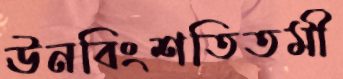
ঊনবিংশতিতমী